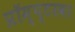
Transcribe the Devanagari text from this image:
प्रॉम्प्टरवर